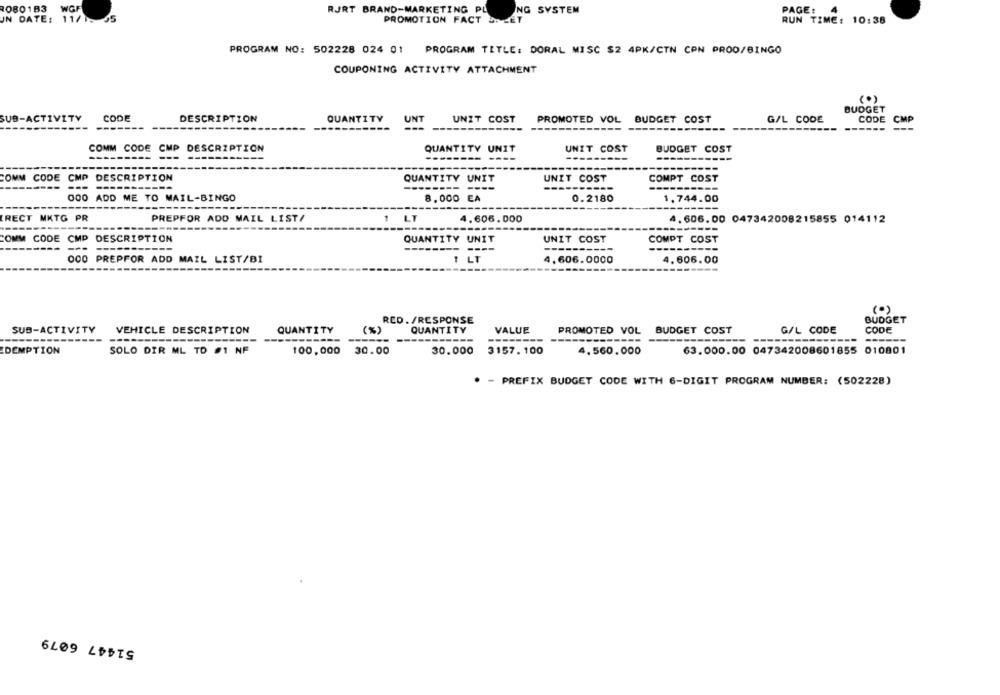
1080183 WGF
RJRT BRAND-MARKETING PL
ING SYSTEM
PAGE: 4
UN DATE: 11/1. 55
PROMOTION FACT SI LET
RUN TIME: 10:38
PROGRAM NO: 502228 024 01 PROGRAM TITLE: DORAL MISC $2 4PK/CTN CPN PROD/BINGO
COUPONING ACTIVITY ATTACHMENT
(0)
BUDGET
SUB-ACTIVITY
CODE
DESCRIPTION
CODE
QUANTITY
UNT
UNIT COST
PROMOTED VOL BUDGET COST
G/L CODE
CMP
COMM CODE CMP DESCRIPTION
QUANTITY UNIT
UNIT COST
BUDGET COST
--------
-----
COMM CODE CMP DESCRIPTION
QUANTITY UNIT
UNIT COST
COMPT COST
---
-------- ----
--------
000 ADD ME TO MAIL-BINGO
8,000 EA
0.2180
1.744.00
---
-------
RECT MKTG PR
PREPFOR ADD MAIL LIST/
1 LT
4,606.000
4.606. 00 047342008215855 014112
---
COMM CODE CMP DESCRIPTION
QUANTITY UNIT
UNIT COST
COMPT COST
---
---
---------
-----
--------
000 PREPFOR ADD MAIL LIST/BI
1 LT
4.606.0000
4.606.00
(0)
RCD. /RESPONSE
BUDGET
SUB-ACTIVITY
VEHICLE DESCRIPTION
QUANTITY
(3)
QUANTITY
VALUE
PROMOTED VOL BUDGET COST
G/L CODE
CODE
---
--
----
---
DEMPTION
SOLO DIR ML TD #1 NF
100,000 30.00
30.000
3157. 100
4.560.000
63.000.00 047342008601855 010801
- PREFIX BUDGET CODE WITH 6-DIGIT PROGRAM NUMBER: (502228)
51447 6079